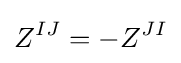
Z^{IJ}=-Z^{JI}